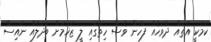
ކަމަކީ އެތައް ދުވަހެއް ފަހުން ވެސް ހިތުގައި ލީ ޒަޚަމަށް ބަދަލެއް ނައިސް